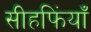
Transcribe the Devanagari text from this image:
सीहफिंयाँ